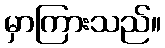
မှာကြားသည်။